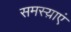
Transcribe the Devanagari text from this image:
समस्य़ाएं